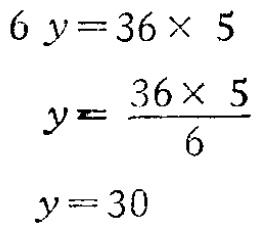
答：经过 4 分钟哥哥追上弟弟。